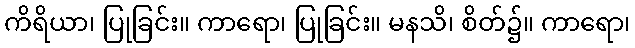
ကိရိယာ၊ ပြုခြင်း။ ကာရော၊ ပြုခြင်း။ မနသိ၊ စိတ်၌။ ကာရော၊